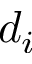
d _ { i }